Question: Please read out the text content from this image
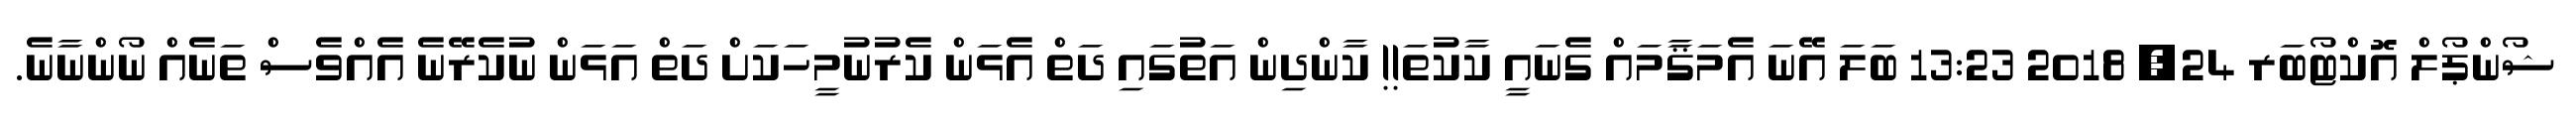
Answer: ޝޯންޕޯލް އޮކްޓޯބަރ 24, 2018 13:23 ބަލަ އޭނަ އެމަޤާމައް ގެނައީ ކާކުތަ!! ކާންދިން އަތުގައި ދަތް އެޅަން ކެރުނުމީހަކަށް ދަތް އަޅަން ނުކެރޭނެ އެއްވެސް ތަނެއް ނޯންނާނެ.